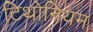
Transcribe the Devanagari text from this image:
टिथोनियम